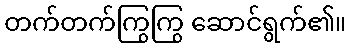
တက်တက်ကြွကြွ ဆောင်ရွက်၏။